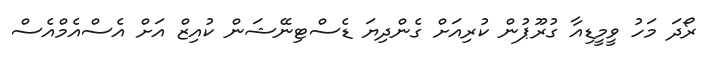
ރޯދަ މަހު ވީމީޑިއާ ގުރޫޕުން ކުރިއަށް ގެންދިޔަ ޑެސްޓިނޭޝަން ކުއިޒް އަށް އެސްއެމްއެސް